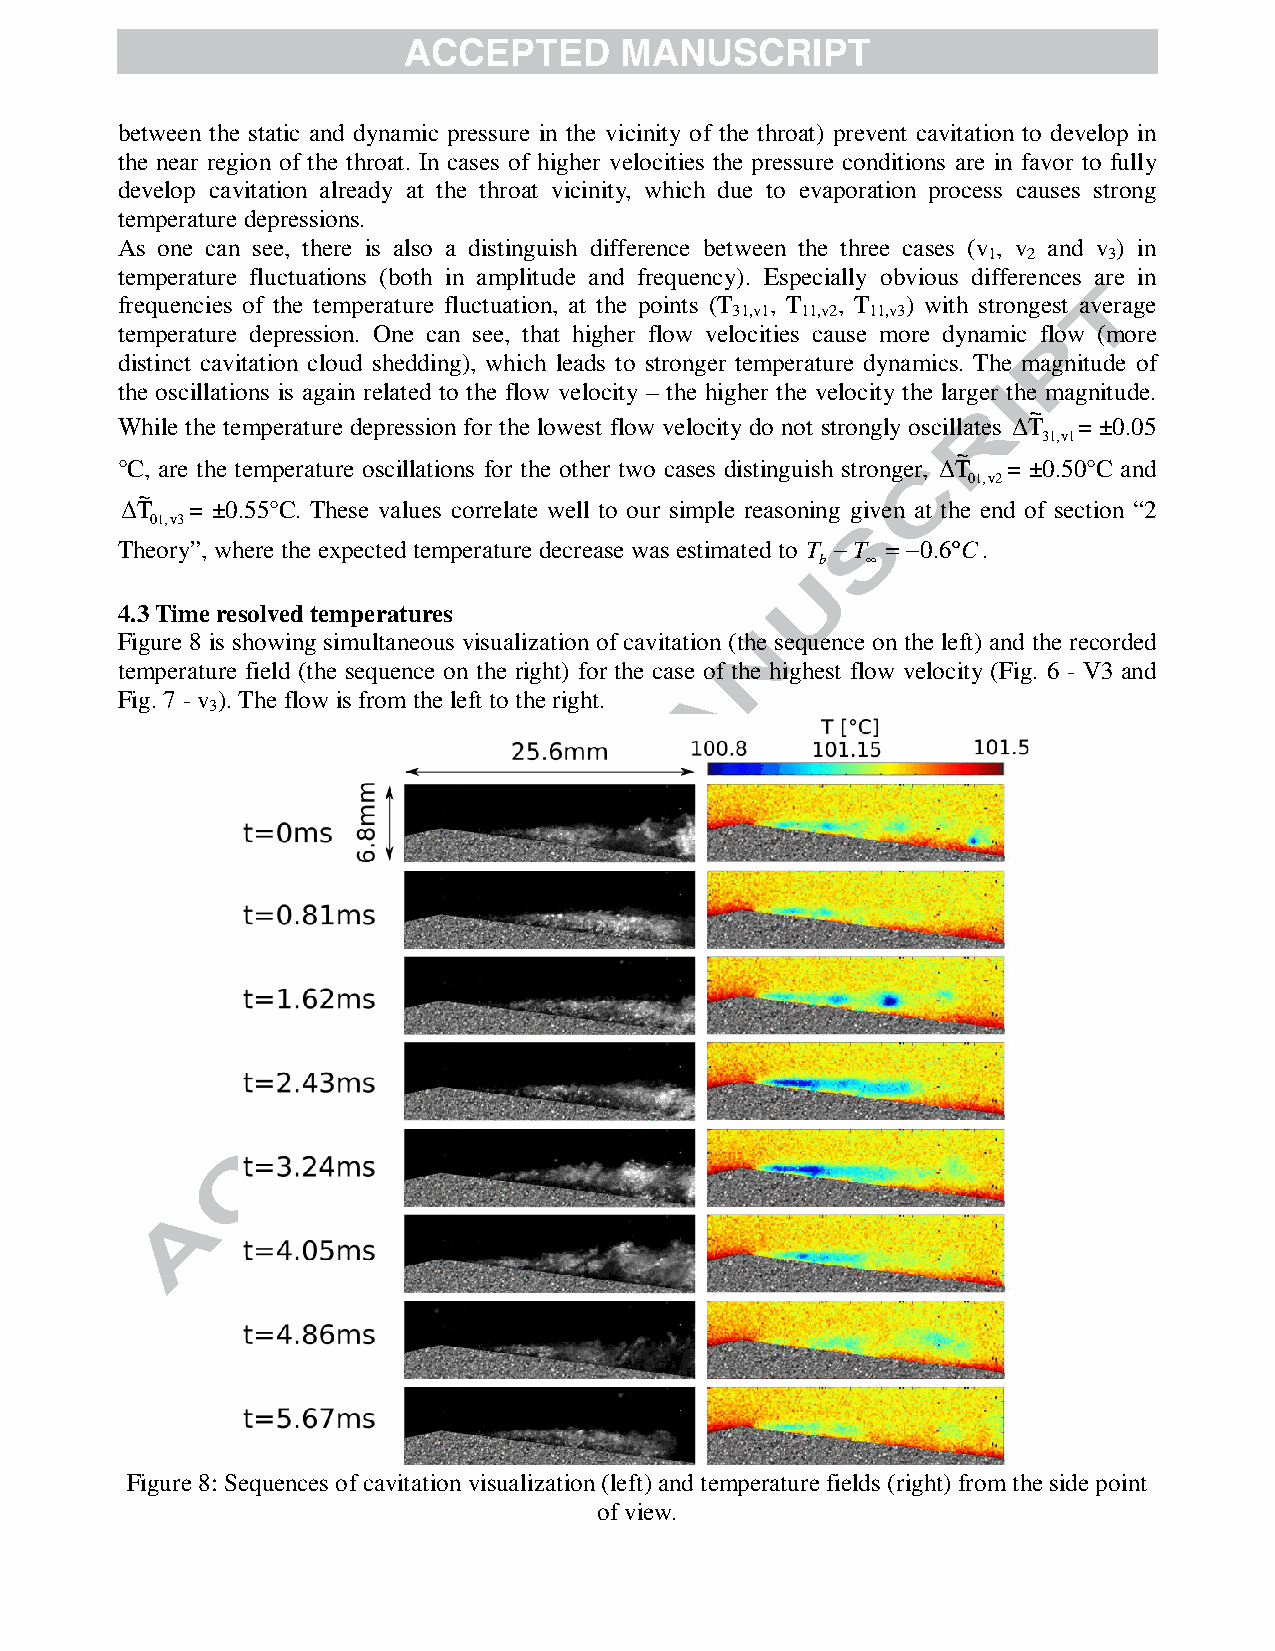
between the static and dynamic pressure in the vicinity of the throat) prevent cavitation to develop in
 the near region of the throat. In cases of higher velocities the pressure conditions are in favor to fully
 develop cavitation already at the throat vicinity, which due to evaporation process causes strong
 temperature depressions.
 As one can see, there is also a distinguish difference between the three cases (v , v and v ) in
 1  2    3
 temperature fluctuations (both in amplitude and frequency). Especially obvious differences are in
 frequencies of the temperature fluctuation, at the points (T , T , T ) with strongest average
 31,v1 11,v2 11,v3
 temperature depression. One can see, that higher flow velocities cause more dynamic flow (more
 distinct cavitation cloud shedding), which leads to stronger temperature dynamics. The magnitude of
 the oscillations is again related to the flow velocity – the higher the velocity the larger the magnitude.
 ~
 While the temperature depression for the lowest flow velocity do not strongly oscillates ∆T = ±0.05
 31,v1
 ~
 °C, are the temperature oscillations for the other two cases distinguish stronger, ∆T = ±0.50°C and
 01,v 2
 ~
 ∆T   = ±0.55°C. These values correlate well to our simple reasoning given at the end of section “2
 01,v3
 Theory”, where the expected temperature decrease was estimated to T −T = −0.6°C.
 b  ∞
 4.3 Time resolved temperatures
 Figure 8 is showing simultaneous visualization of cavitation (the sequence on the left) and the recorded
 temperature field (the sequence on the right) for the case of the highest flow velocity (Fig. 6 - V3 and
 Fig. 7 - v ). The flow is from the left to the right.
 3
 Figure 8: Sequences of cavitation visualization (left) and temperature fields (right) from the side point
 of view.